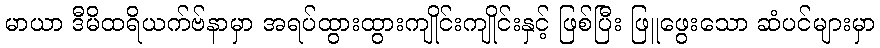
မာယာ ဒီမိထရိယက်ဗ်နာမှာ အရပ်ထွားထွားကျိုင်းကျိုင်းနှင့် ဖြစ်ပြီး ဖြူဖွေးသော ဆံပင်များမှာ